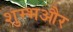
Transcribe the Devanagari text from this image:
शुम्भऔर